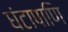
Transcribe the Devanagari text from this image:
घंटापाणि